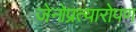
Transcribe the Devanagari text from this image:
जेनोप्रत्यारोपण